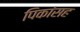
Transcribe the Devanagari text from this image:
पिकांसह